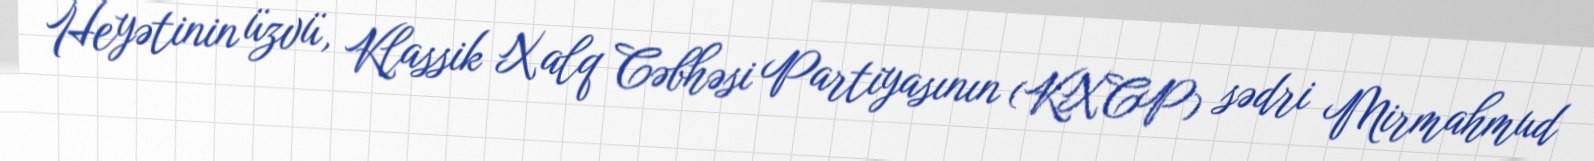
Heyətinin üzvü, Klassik Xalq Cəbhəsi Partiyasının (KXCP) sədri Mirmahmud